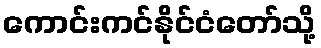
ကောင်းကင်နိုင်ငံတော်သို့